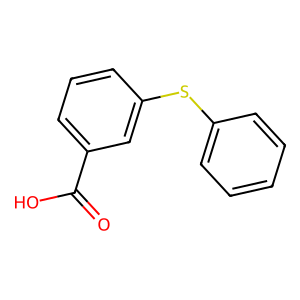
SMILES: O=C(O)c1cccc(Sc2ccccc2)c1
Inhibits HIV replication: No